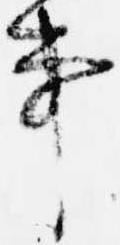
事